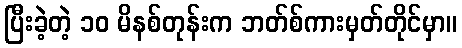
ပြီးခဲ့တဲ့ ၁၀ မိနစ်တုန်းက ဘတ်စ်ကားမှတ်တိုင်မှာ။